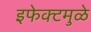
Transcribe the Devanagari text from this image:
इफेक्टमुळे